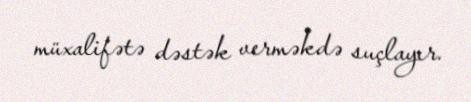
müxalifətə dəstək verməkdə suçlayır.